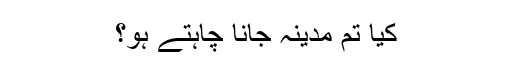
کیا تم مدینہ جانا چاہتے ہو؟